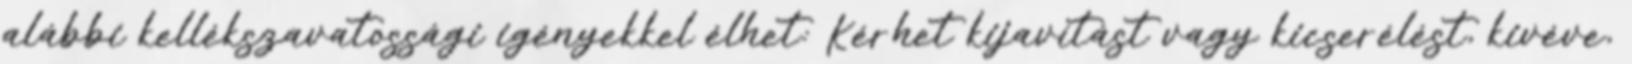
alábbi kellékszavatossági igényekkel élhet: Kérhet kijavítást vagy kicserélést, kivéve,